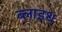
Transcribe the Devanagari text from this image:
ब्लाइथ